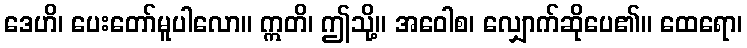
ဒေဟိ၊ ပေးတော်မူပါလော။ ဣတိ၊ ဤသို့။ အဝေါစ၊ လျှောက်ဆိုပေ၏။ ထေရော၊